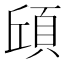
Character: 𮨆